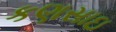
કણસાઇ